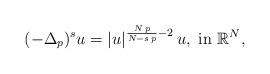
LaTeX: \begin{align*}(-\Delta_p)^s u=|u|^{\frac{N\,p}{N-s\,p}-2}\,u,\mbox{ in }\mathbb{R}^N, \end{align*}